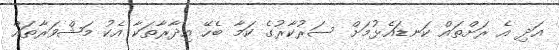
އަދި އެ ރަށްތައް ކަނޑައެޅުމަށް ސަރުކާރުގެ ކަމާ ބެހޭ އިދާރާތަކާ އެކު މަޝްވަރާތައް